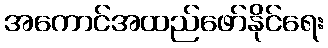
အကောင်အထည်ဖော်နိုင်ရေး